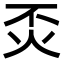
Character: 㶪